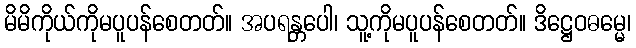
မိမိကိုယ်ကိုမပူပန်စေတတ်။ အပရန္တပေါ၊ သူ့ကိုမပူပန်စေတတ်။ ဒိဋ္ဌေဝဓမ္မေ၊